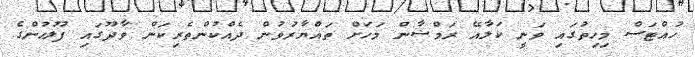
ހުއްޓަސް މިހިތުގައި ވަނީ ކަލާއޭ ރަމްޟާން މަހަށް ތައްޔާރުވުން ދެއްކުންތެރިކަން ވާދޫގައި ފުލުހުންގެ